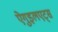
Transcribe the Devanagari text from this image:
ऐगुइलएट्स